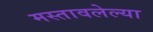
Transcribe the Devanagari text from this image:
मस्तावलेल्या